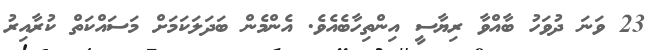
23 ވަނަ ދުވަހު ބާއްވާ ރިޔާސީ އިންތިހާބެއެވެ. އެންމެން ބަދަލަކަމަށް މަސައްކަތް ކުރާއިރު